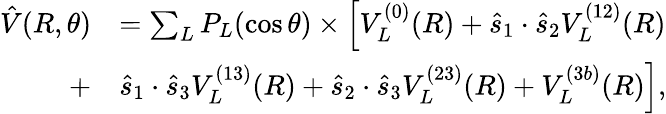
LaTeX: \begin{array}{rl}{\hat{V}(R,\theta)}&{=\sum_{L}P_{L}(\cos\theta)\times\Big[V_{L}^{(0)}(R)+\hat{s}_{1}\cdot\hat{s}_{2}V_{L}^{(12)}(R)}\\ {+}&{\hat{s}_{1}\cdot\hat{s}_{3}V_{L}^{(13)}(R)+\hat{s}_{2}\cdot\hat{s}_{3}V_{L}^{(23)}(R)+V_{L}^{(3b)}(R)\Big],}\end{array}